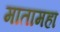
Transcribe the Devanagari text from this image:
मातामहा